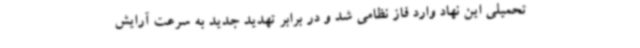
تحمیلی این نهاد وارد فاز نظامی شد و در برابر تهدید جدید به سرعت آرایش